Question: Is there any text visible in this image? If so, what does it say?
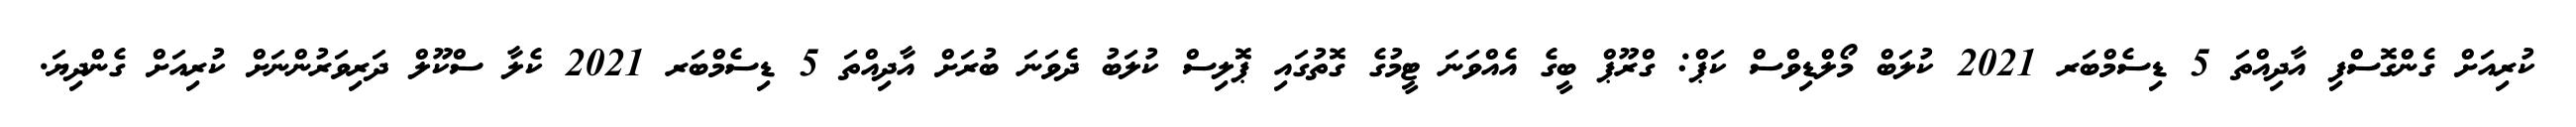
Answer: ކުރިއަށް ގެންގޮސްފި އާދިއްތަ 5 ޑިސެމްބަރ 2021 ކުލަބް މޯލްޑިވްސް ކަޕް: ގްރޫޕް ބީގެ އެއްވަނަ ޓީމުގެ ގޮތުގައި ޕޮލިސް ކުލަބު ދެވަނަ ބުރަށް އާދިއްތަ 5 ޑިސެމްބަރ 2021 ކެލާ ސްކޫލް ދަރިވަރުންނަށް ކުރިއަށް ގެންދިޔަ.